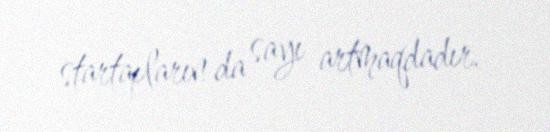
startapların da sayı artmaqdadır.